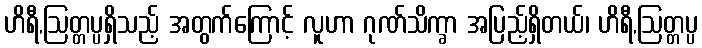
ဟိရီ,ဩတ္တပ္ပရှိသည့် အတွက်ကြောင့် လူဟာ ဂုဏ်သိက္ခာ အပြည့်ရှိတယ်၊ ဟိရီ,ဩတ္တပ္ပ